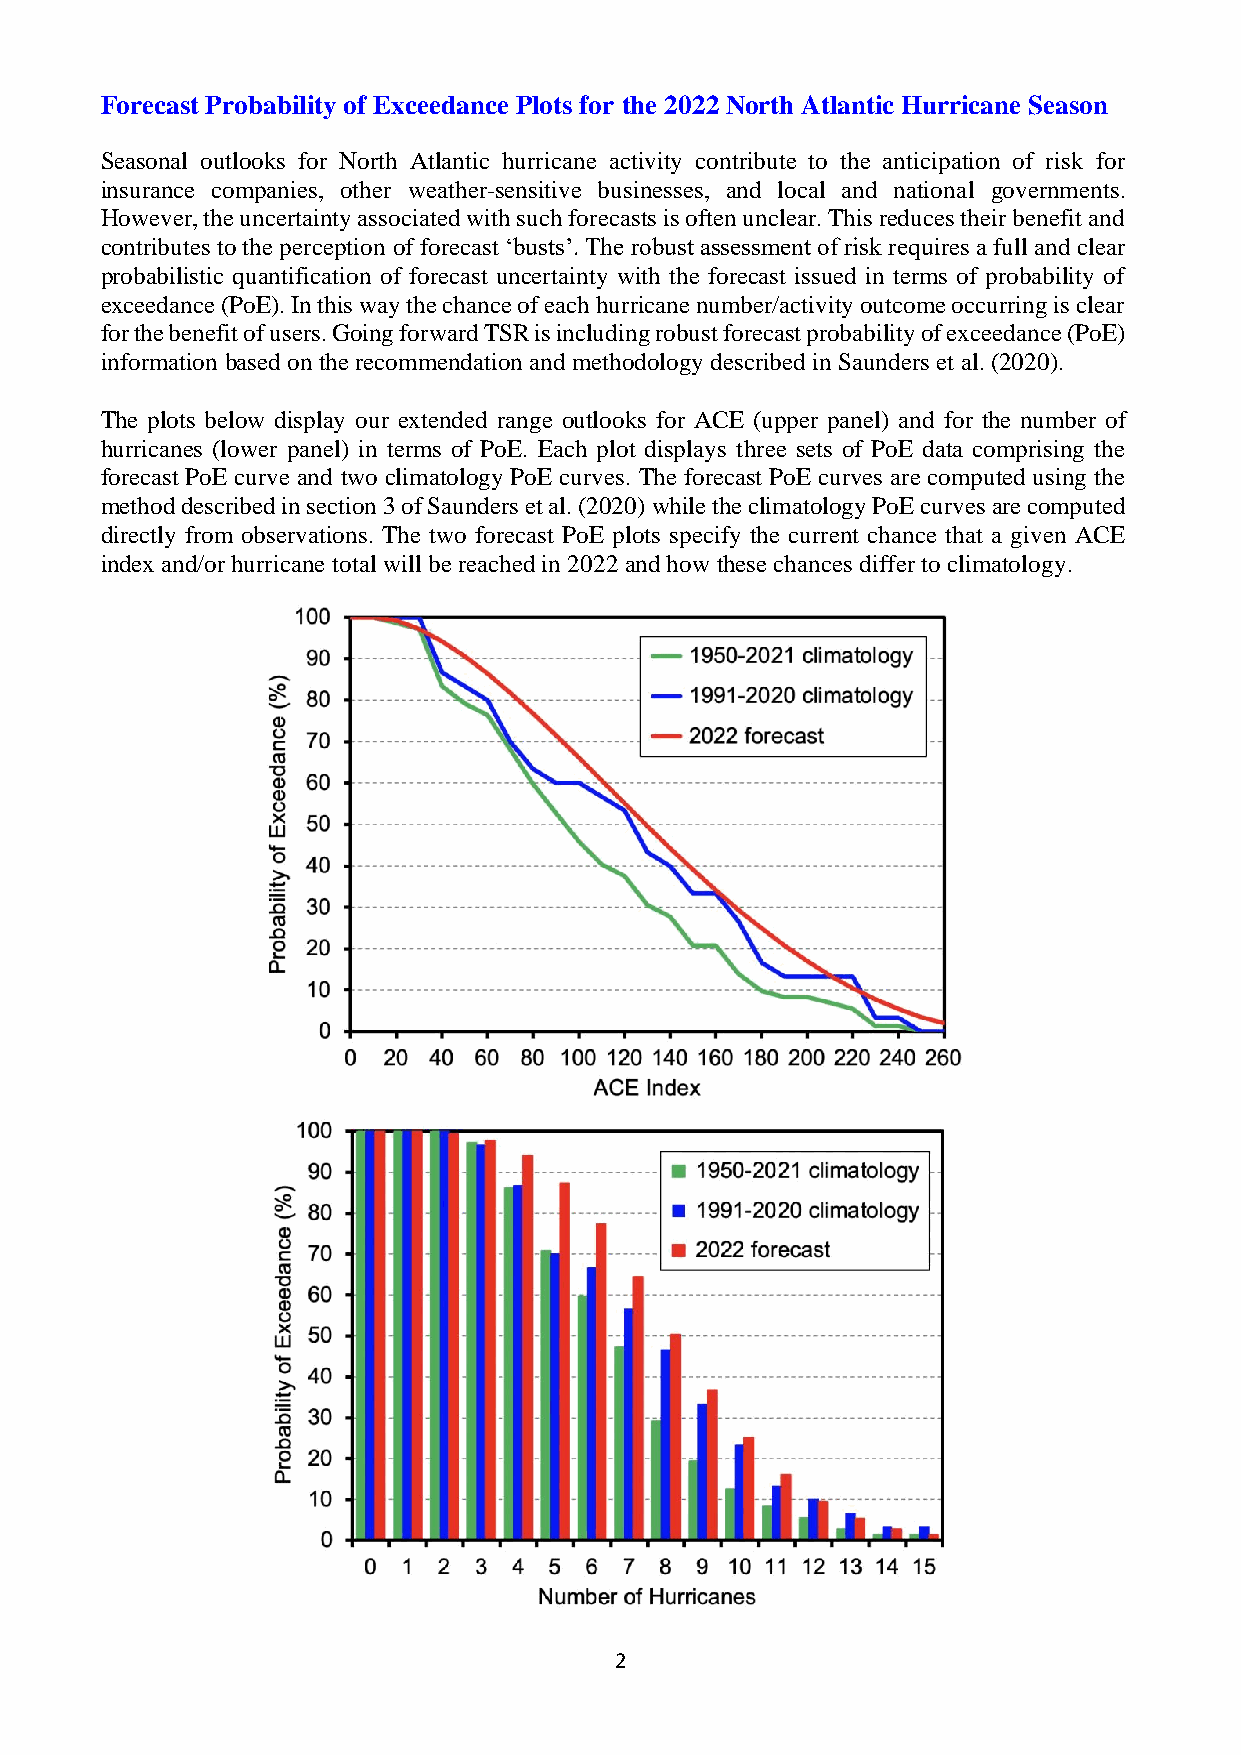
Forecast Probability of Exceedance Plots for the 2022 North Atlantic Hurricane Season
 Seasonal outlooks for North Atlantic hurricane activity contribute to the anticipation of risk for
 insurance companies, other weather-sensitive businesses, and local and national governments.
 However, the uncertainty associated with such forecasts is often unclear. This reduces their benefit and
 contributes to the perception of forecast ‘busts’. The robust assessment of risk requires a full and clear
 probabilistic quantification of forecast uncertainty with the forecast issued in terms of probability of
 exceedance (PoE). In this way the chance of each hurricane number/activity outcome occurring is clear
 for the benefit of users. Going forward TSR is including robust forecast probability of exceedance (PoE)
 information based on the recommendation and methodology described in Saunders et al. (2020).
 The plots below display our extended range outlooks for ACE (upper panel) and for the number of
 hurricanes (lower panel) in terms of PoE. Each plot displays three sets of PoE data comprising the
 forecast PoE curve and two climatology PoE curves. The forecast PoE curves are computed using the
 method described in section 3 of Saunders et al. (2020) while the climatology PoE curves are computed
 directly from observations. The two forecast PoE plots specify the current chance that a given ACE
 index and/or hurricane total will be reached in 2022 and how these chances differ to climatology.
 2